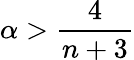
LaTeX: \alpha>\frac{4}{n+3}